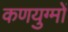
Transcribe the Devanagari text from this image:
कणयुग्मों